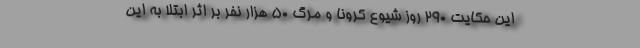
این حکایت ۲۹۰ روز شیوع کرونا و مرگ ۵۰ هزار نفر بر اثر ابتلا به این